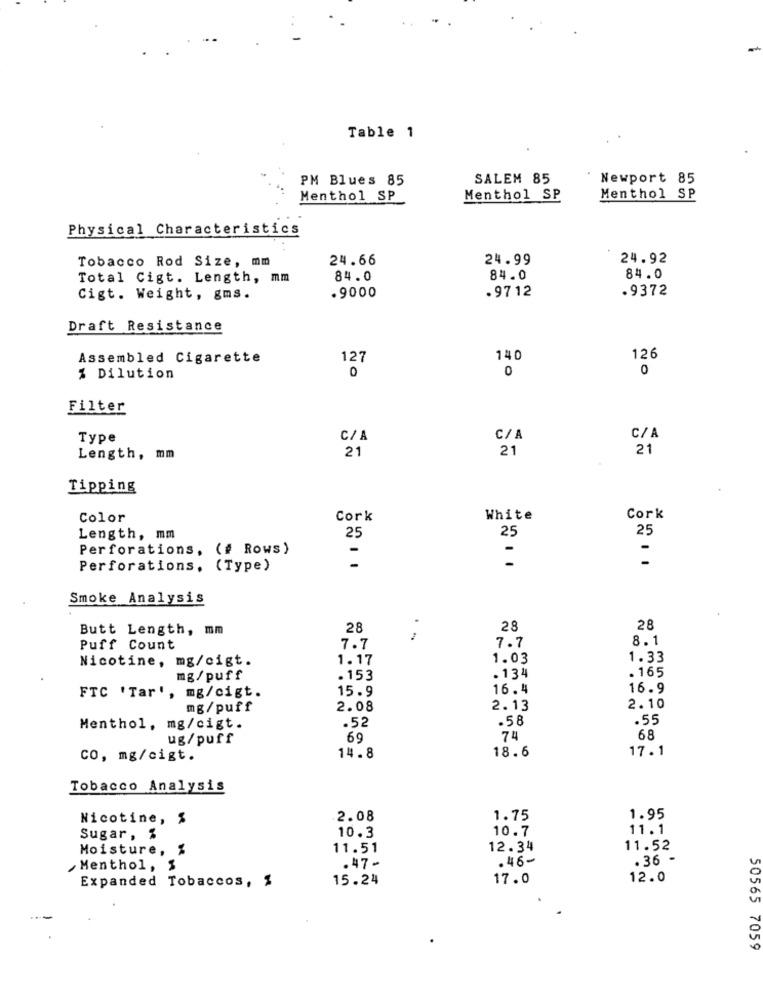
Table 1
PM Blues 85
SALEM 85
Newport 85
Menthol SP
Menthol SP
Menthol SP
Physical Characteristics
Tobacco Rod Size, mm
24.66
24.99
24.92
Total Cigt. Length, mm
84.0
84.0
84.0
.9712
.9372
Cigt. Weight, gms.
. 9000
Draft Resistance
Assembled Cigarette
127
140
126
0
0
0
% Dilution
Filter
Type
C/A
C/A
C/A
21
21
21
Length, mm
Tipping
Color
Cork
White
Cork
25
25
Length, mm
25
Perforations, (# Rows)
-
-
Perforations. (Type)
Smoke Analysis
Butt Length, mm
28
28
28
8.1
Puff Count
7.7
7.7
Nicotine, mg/cigt.
1.17
1.03
1.33
. 134
. 165
mg/ puff
. 153
15. 9
16.4
16.9
FTC 'Tar', mg/cigt.
mg/puff
2.08
2.13
2.10
.58
.55
Menthol, mg/cigt.
.52
ug/puff
69
74
68
18.6
17.1
co, mg/cigt.
14.8
Tobacco Analysis
Nicotine, $
2.08
1.75
1.95
10.7
11.1
Sugar , %
10.3
Moisture, %
11.51
12.34
11.52
.47-
.46-
. 36 -
Menthol, $
Expanded Tobaccos, %
15.24
17.0
12.0
50565 7059